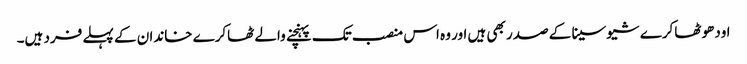
اودھو ٹھاکرے شیوسینا کے صدر بھی ہیں اور وہ اس منصب تک پہنچنے والے ٹھاکرے خاندان کے پہلے فرد ہیں۔